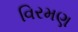
વિરમણ